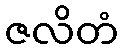
ဇလိတံ